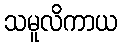
သမူလိကာယ